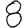
Digit: 8